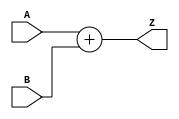
module add_8x6_100(A, B, Z);
    input [7 : 0] A;
    input [5 : 0] B;
    output [7 : 0] Z;

    assign Z = A + B;
endmodule